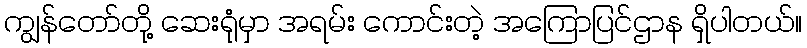
ကျွန်တော်တို့ ဆေးရုံမှာ အရမ်း ကောင်းတဲ့ အကြောပြင်ဌာန ရှိပါတယ်။